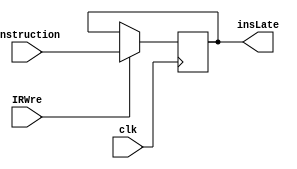
`timescale 1ns / 1ps
//////////////////////////////////////////////////////////////////////////////////
// Company: 
// Engineer: 
// 
// Design Name: 
// Module Name: IR
// Project Name: 
// Target Devices: 
// Tool Versions: 
// Description: 
// 
// Dependencies: 
// 
// Revision:
// Revision 0.01 - File Created
// Additional Comments:
// 
//////////////////////////////////////////////////////////////////////////////////
 
module IR(
    input clk,IRWre,
    input [31:0] instruction,
    output reg [31:0] insLate
    );
    
    always @(posedge clk) begin  
         if(IRWre) begin
            insLate = instruction;  
        end 
    end
endmodule